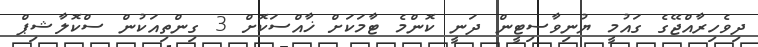
ދިވެހިރާއްޖޭގެ ގައުމީ ޔުނިވާސިޓީން ދަނީ ކޮންމެ ޓާމަކަށް ޚާއްސަކޮށް 3 ގިންތިއަކުން ސްކޮލާޝިޕް